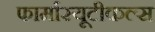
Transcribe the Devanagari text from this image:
फार्मास्यूटीकल्स